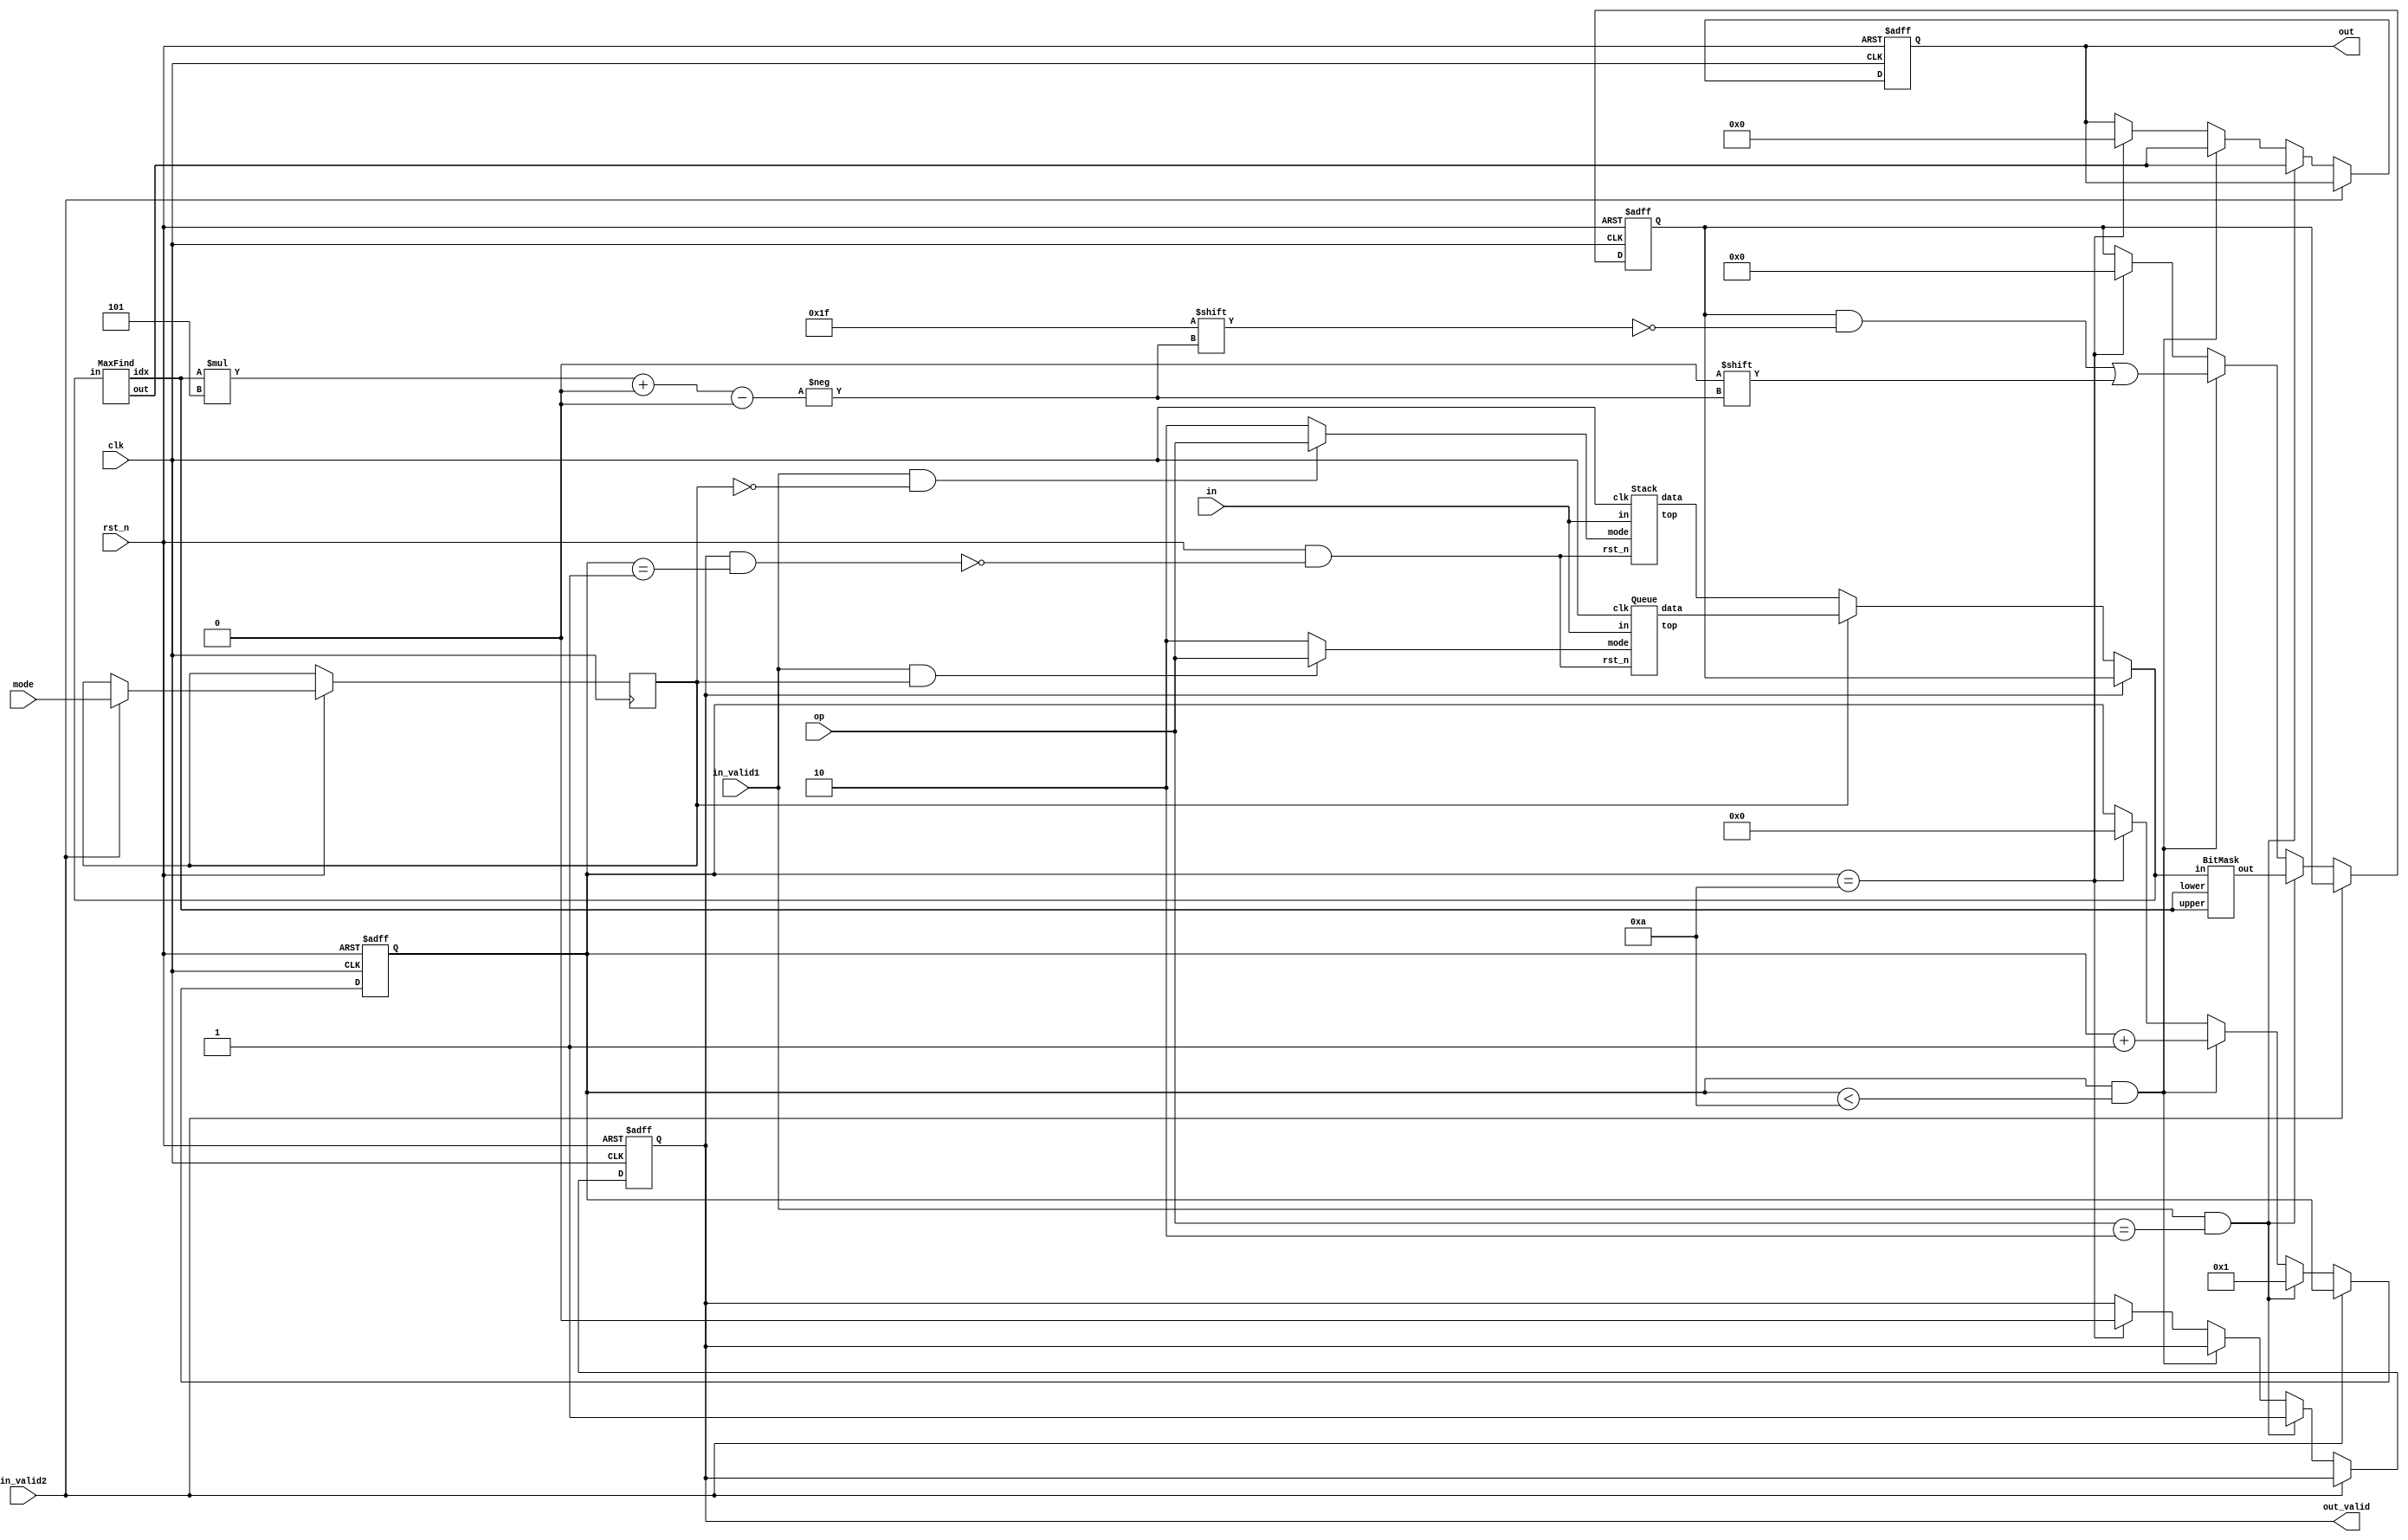
module SORT(
	// Input signals
	input clk,
	input rst_n,
	input in_valid1,
	input in_valid2,
	input[4:0] in,
	input mode,
	input[1:0] op,
	// Output signals
	output reg out_valid,
	output reg[4:0] out
);
	wire[4:0] stkTop,queTop;
	wire[54:0] stkRaw,queRaw,outRaw,outRawMask;
	wire[1:0] opStk,opQue;
	wire[4:0] max;
	wire[9:0] maxLocation;
	reg modeReg;
	reg[3:0] outCnt;
	reg[54:0] outReg;
	integer cnt;
	wire containerRst_n;
	assign containerRst_n=rst_n&&!(out_valid&&outCnt==1);
	
	assign outRaw=(out_valid?outReg:(modeReg?queRaw:stkRaw));
	assign opStk=(in_valid1&&modeReg==0)?op:2;
	assign opQue=(in_valid1&&modeReg==1)?op:2;
	Stack stk(clk,opStk,in,containerRst_n,stkTop,stkRaw);
	Queue que(clk,opQue,in,containerRst_n,queTop,queRaw);
	MaxFind kernel(outRaw,max,maxLocation);
	BitMask mask(maxLocation,maxLocation,outRaw,outRawMask);
	always@(posedge clk, negedge rst_n)begin
		if(!rst_n)begin
			out_valid<=0;
			out<=0;
			outCnt<=0;
			outReg<=0;
		end else if(in_valid2)
			modeReg<=mode;
		else if(in_valid1&&op==2)begin
			out<=max;
			outReg<=outRawMask;
			outCnt<=1;
			out_valid<=1;
		end else if(outCnt&&outCnt<10)begin
			out<=max;
			outReg[maxLocation*5+:5]<=0;
			out<=max;
			outCnt<=outCnt+1;
		end else if(outCnt==10)begin
			out_valid<=0;
			out<=0;
			outCnt<=0;
			outReg<=0;
		end
	end
	
endmodule

module BitMask(
	input[9:0] lower,
	input[9:0] upper,
	input[54:0] in,
	output[54:0] out
);
	genvar cnt;
	generate
		for(cnt=0;cnt<=54;cnt=cnt+1)begin:a
			assign out[cnt]=(lower*5<=cnt&&cnt<upper*5+5)?0:in[cnt];
		end
	endgenerate
	
endmodule

module MaxFind(
	input[11*5-1:0] in,
	output[4:0] out,
	output[9:0] idx
);
	wire[4:0] a,b,c,d,e,f,g,h,i,j;
	wire[9:0] A,B,C,D,E,F,G,H,I,J;
	assign {a,b,c,d,e}={
		in[0 +:5]>in[1*5+:5]?in[0+:5]:in[1*5+:5],
		in[2*5+:5]>in[3*5+:5]?in[2*5+:5]:in[3*5+:5],
		in[4*5+:5]>in[5*5+:5]?in[4*5+:5]:in[5*5+:5],
		in[6*5+:5]>in[7*5+:5]?in[6*5+:5]:in[7*5+:5],
		in[8*5+:5]>in[9*5+:5]?in[8*5+:5]:in[9*5+:5]
	};
	assign {A,B,C,D,E}={
		in[0+:5]>in[1*5+:5]?10'b0:10'b1,
		in[2*5+:5]>in[3*5+:5]?10'b10:10'b11,
		in[4*5+:5]>in[5*5+:5]?10'b100:10'b101,
		in[6*5+:5]>in[7*5+:5]?10'b110:10'b111,
		in[8*5+:5]>in[9*5+:5]?10'b1000:10'b1001
	};
	assign {f,g,h,i,j}={
		a>b?a:b,
		c>d?c:d,
		e>in[10*5+:5]?e:in[10*5+:5],
		f>g?f:g,
		i>h?i:h
	};
	assign {F,G,H,I,J}={
		a>b?A:B,
		c>d?C:D,
		e>in[10*5+:5]?E:10'b1010,
		f>g?F:G,
		i>h?I:H
	};
	assign out=j;
	assign idx=J;

endmodule



module Stack(
	input clk,
	input[1:0] mode,
	input[4:0] in,
	input rst_n,
	output[4:0] top,
	output reg[54:0] data
);
	// Idle: 2,3
	// Push: 1
	// Pop:  0
	assign top=data[4:0];	
	always@(posedge clk, negedge rst_n)begin
		if(!rst_n) data<=0;
		else case(mode)
		0: data<={5'b0,data[54:5]};
		1: data<={data[49:0],in};
		default: data<=data;
		endcase
	end
endmodule

module Queue(
	input clk,
	input[1:0] mode,
	input[4:0] in,
	input rst_n,
	output[4:0] top,
	output reg[54:0]data
);
	// Idle: 2,3
	// Push: 1
	// Pop:  0
	reg[8:0] size;
	assign top=data[4:0];
	
	always@(posedge clk, negedge rst_n)begin
		if(!rst_n)begin
			data<=0;
			size<=0;
		end else case(mode)
		0:begin
			data<={5'b0,data[54:5]};
			size<=size-5;
		end 1:begin
			data[size+:5]<=in;
			size<=size+5;
		end default:begin
			data<=data;
			size<=size;
		end
		endcase
	end
endmodule